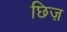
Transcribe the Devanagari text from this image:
छिज़